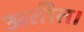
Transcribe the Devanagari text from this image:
अतीत।